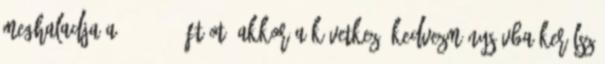
meghaladja a 250.000.- Ft-ot, akkor a következő kedvezménysávba kerülsz